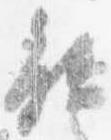
能